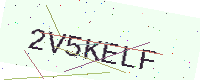
Text: 2V5KELF